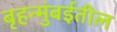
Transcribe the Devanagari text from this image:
बृहन्मुंबईतील